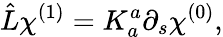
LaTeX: \hat{L}\chi^{(1)}=K_{a}^{a}\partial_{s}\chi^{(0)},